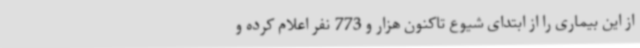
از این بیماری را از ابتدای شیوع تاکنون هزار و 773 نفر اعلام کرده و